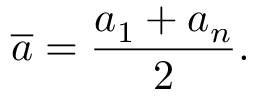
{ \overline { { a } } } = { \frac { a _ { 1 } + a _ { n } } { 2 } } .